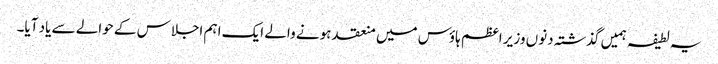
یہ لطیفہ ہمیں گذشتہ دنوں وزیر اعظم ہاؤس میں منعقد ہونے والے ایک اہم اجلاس کے حوالے سے یاد آیا۔